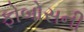
ફોબોસની